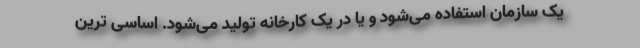
یک سازمان استفاده می‌شود و یا در یک کارخانه تولید می‌شود. اساسی ترین